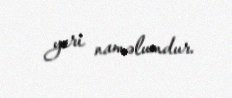
yeri naməlumdur.